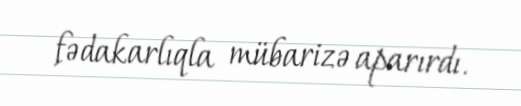
fədakarlıqla mübarizə aparırdı.